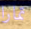
تمارا